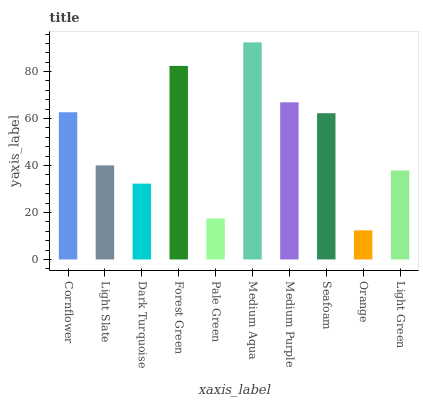
| xaxis_label | bars |
 | --- | --- |
 | Cornflower | 62.7 |
 | Light Slate | 40.1 |
 | Dark Turquoise | 32.3 |
 | Forest Green | 82.4 |
 | Pale Green | 17.5 |
 | Medium Aqua | 92.4 |
 | Medium Purple | 66.9 |
 | Seafoam | 62.3 |
 | Orange | 12.4 |
 | Light Green | 37.9 |